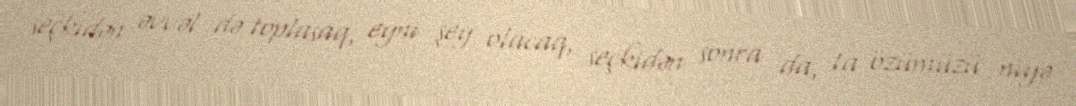
seçkidən əvvəl də toplasaq, eyni şey olacaq, seçkidən sonra da, ta özümüzü niyə